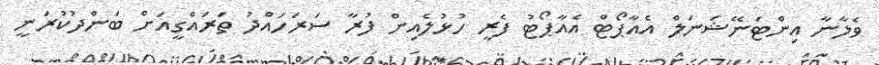
ވެލާނާ އިންޓަނޭޝަނަލް އެއާޕޯޓް އެއާޕޯޓު ފެރީ ހުޅުލެއިން ފުރާ ސަރަހައްދު ތަރައްގީއަށް ބަންދުކުރަނީ